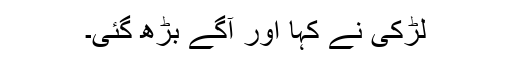
لڑکی نے کہا اور آگے بڑھ گئی۔